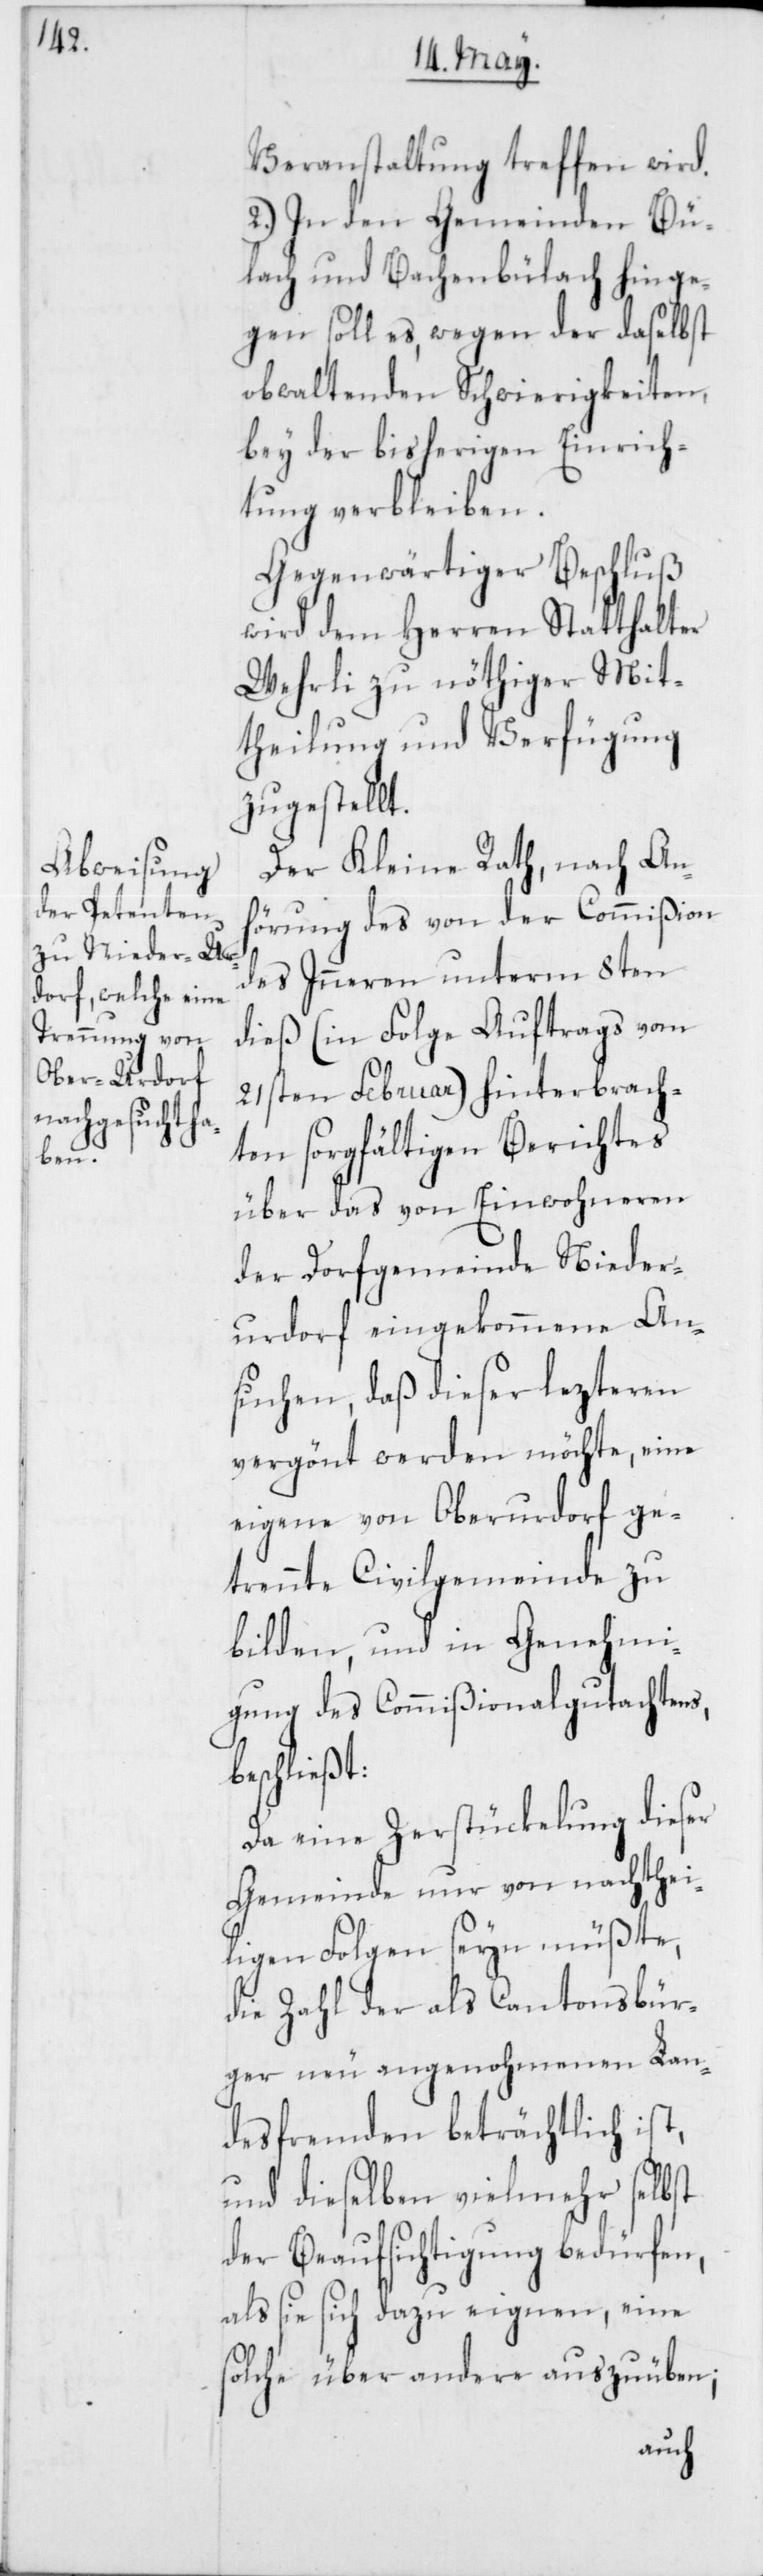
Veranstaltung treffen wird.
2.) In den Gemeinden Bü¬
lach und Bachenbülach hinge¬
gen soll es, wegen der daselbst
obwaltenden Schwierigkeiten,
bey der bisherigen Einrich¬
tung verbleiben.
Gegenwärtiger Beschluß
wird dem Herren Statthalter
Wehrli zu nöthiger Mit¬
theilung und Verfügung
zugestellt.
Der Kleine Rath, nach An¬
hörung des von der Commißion
des Inneren unterm 8ten
dieß (in Folge Auftrags vom
21sten Februar) hinterbrach¬
ten sorgfältigen Berichtes
über das von Einwohneren
der Dorfgemeinde Nieder¬
urdorf eingekommene An¬
suchen, daß dieser lezteren
vergönt werden möchte, eine
eigene von Oberurdorf ge¬
trennte Civilgemeinde zu
bilden, und in Genehmi¬
gung des Commißionalgutachtens,
beschließt:
Da eine Zerstückelung dieser
Gemeinde nur von nachthei¬
ligen Folgen seyn müßte,
die Zahl der als Cantonsbür¬
ger neu angenohmenen Lan¬
desfremden beträchtlich
und dieselben vielmehr selbst
der Beaufsichtigung bedürfen,
als sie sich dazu eignen, eine
solche über andere auszuüben;